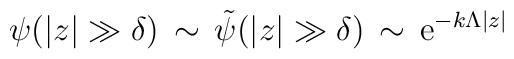
\psi(|z| \gg \delta) \, \sim \,  {\tilde\psi}(|z| \gg \delta) \, \sim \, {\rm e}^{-k\Lambda |z|}